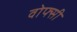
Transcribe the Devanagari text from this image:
वोफ्सी